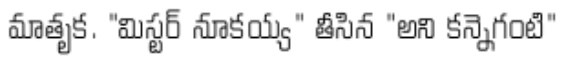
మాతృక. "మిస్టర్ నూకయ్య" తీసిన "అని కన్నెగంటి"